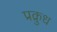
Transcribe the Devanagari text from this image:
प्रक्रुध